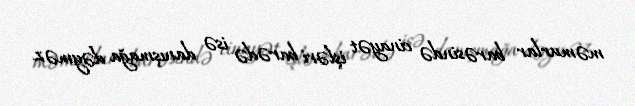
məmurlar barəsində cinayət işləri barədə isə danışmağa dəyməz.